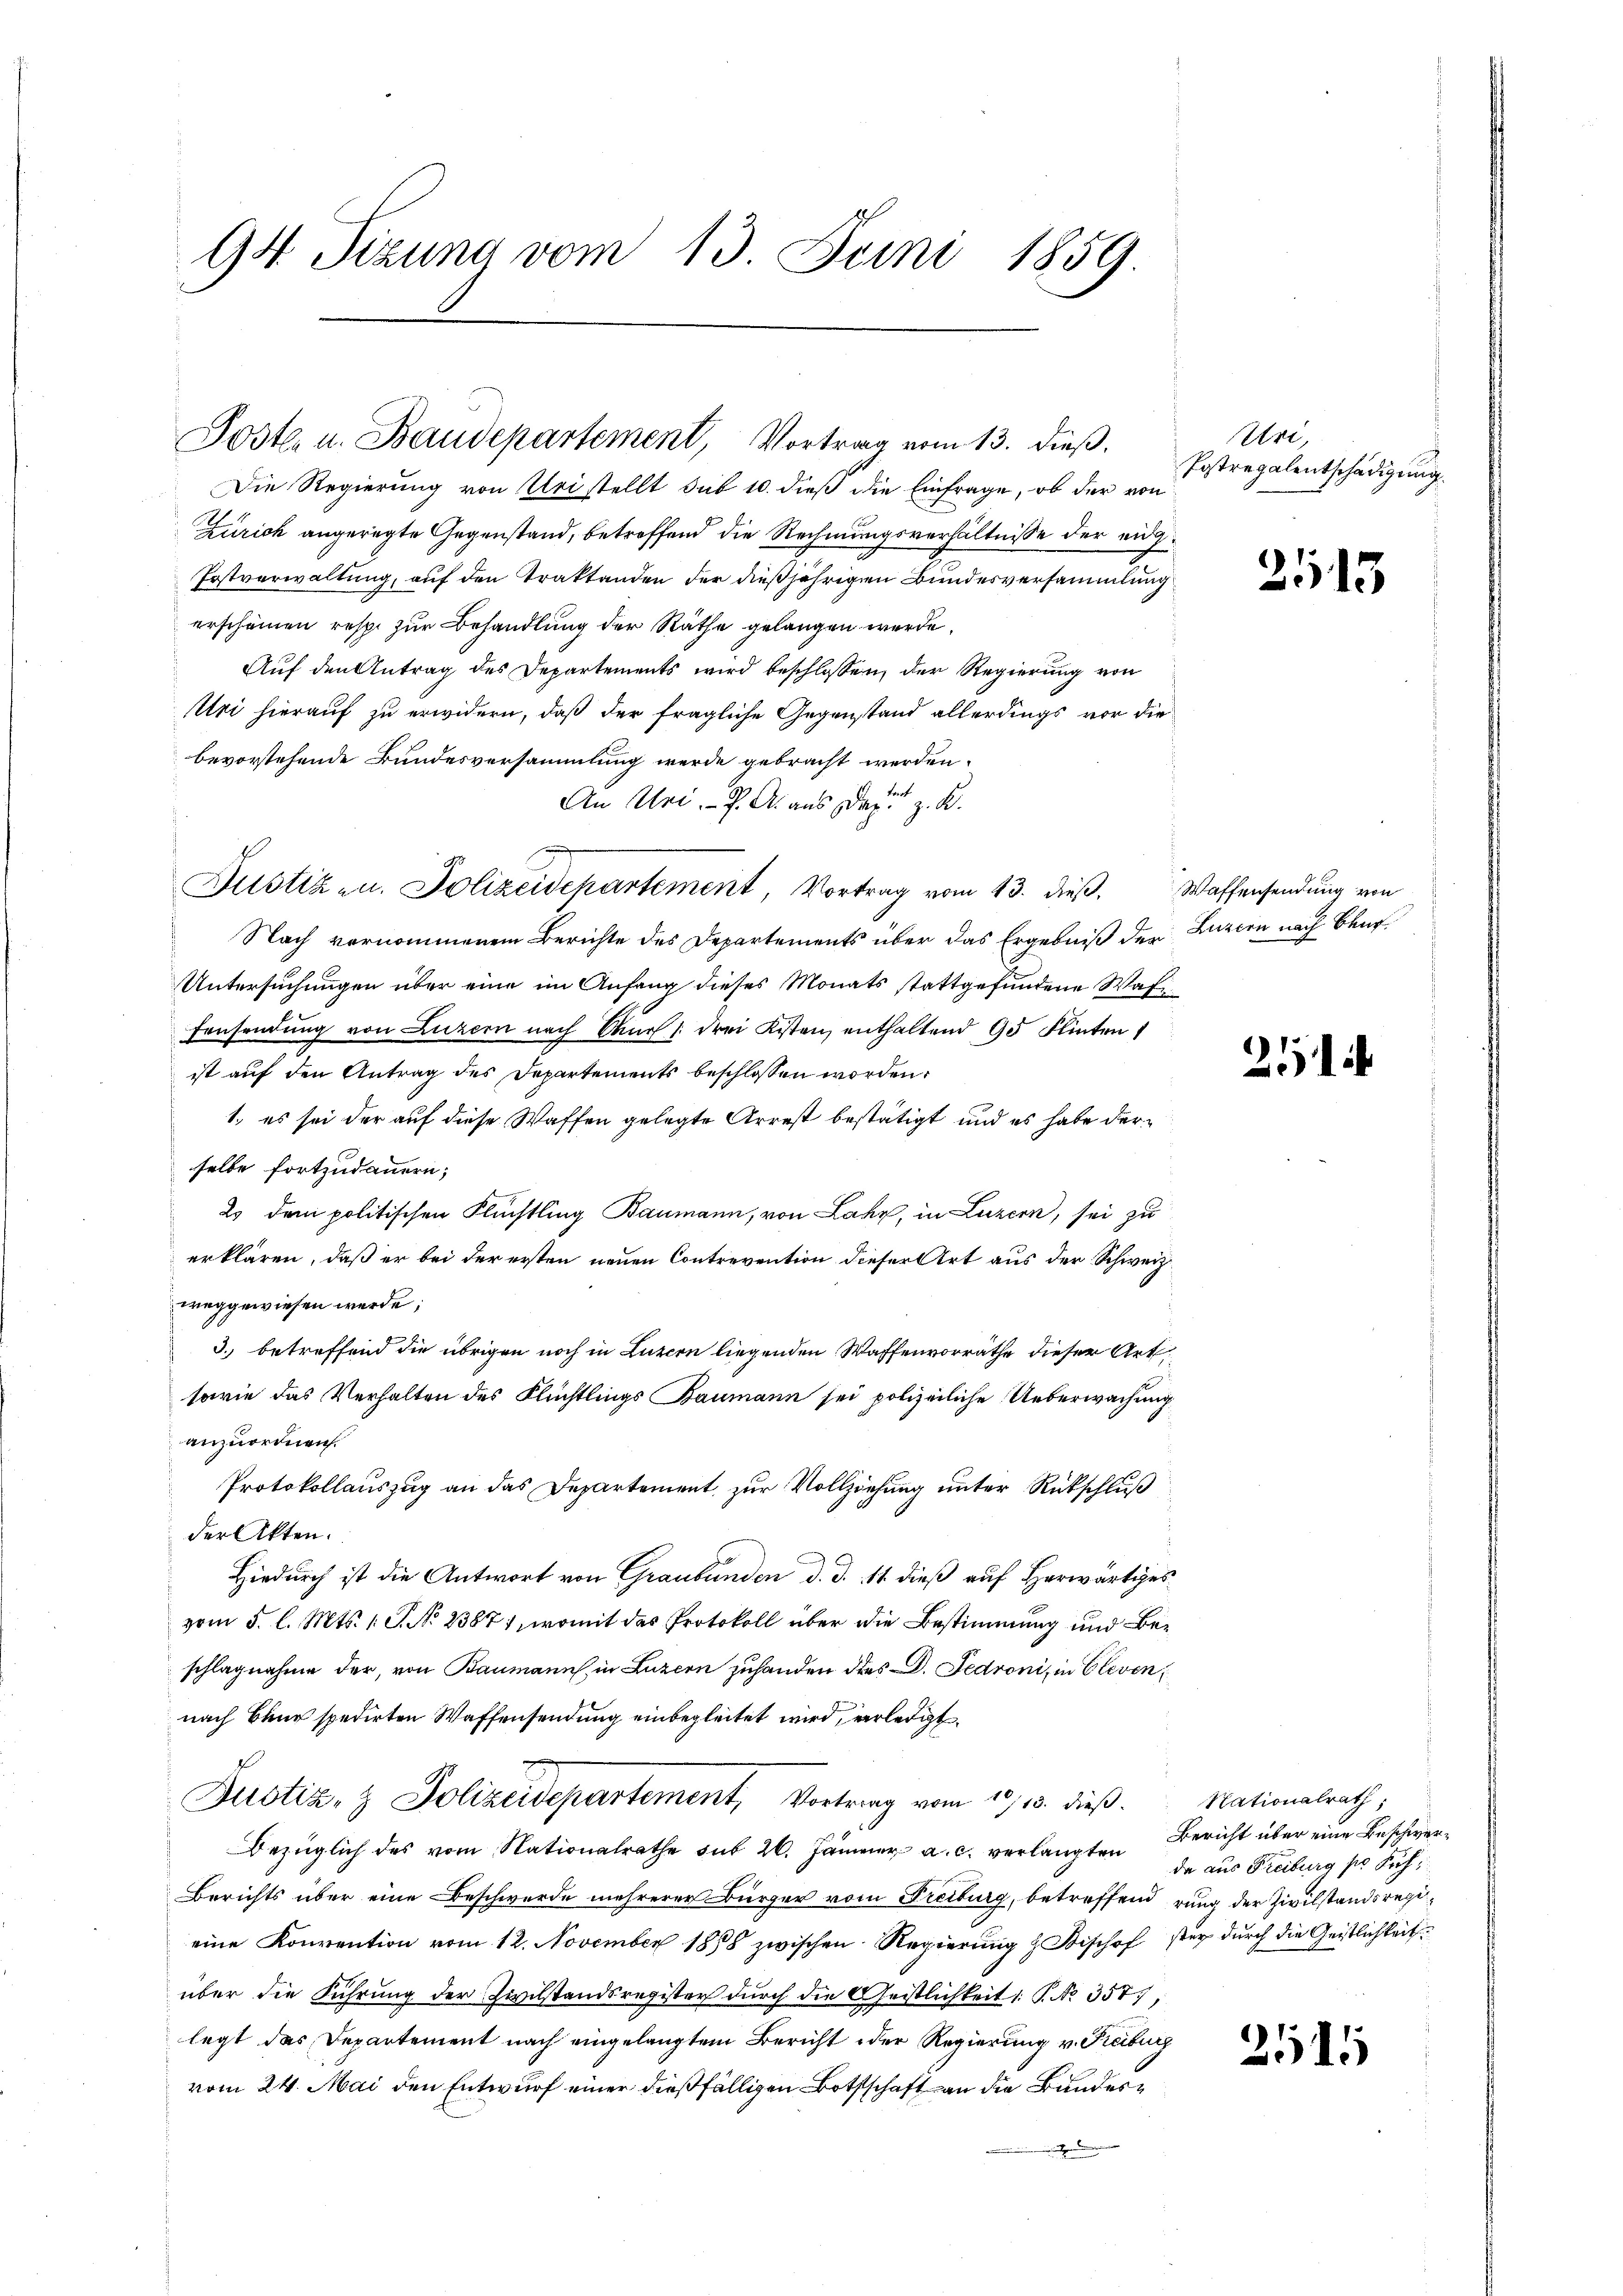
94 Sizung vom 13. Juni 1859.

Poste. u. Baudepartement, Vortrag vom 13. dieß.

Justiz- u. Polizeidepartement, Vortrag vom 13. dieβ, Waffensendung von

Die Regierung von Uri stellt sub 10. dieß die Einfrage, ob der von
Zürich angeregte Gegenstand, betreffend die Rechnungsverhältnisse der eidg¬
Postverwaltung, auf den Traktanden der dießjährigen Bundesversammlung
erscheinen resp. zŭr Behandlung der Räthe gelangen werde.
Auf den Antrag des Departements wird beschlossen, der Regierung von
Uri hierauf zu erwidern, daß der fragliche Gegenstand allerdings vor die
bevorstehende Bundesversammlung werde gebracht werden.
An Uri. J. A. aus das z. K.
Nach vernommenem Berichte des Departements über das Ergebniß der Luzern nach Beur
Untersuchungen über eine im Anfang dieses Monats stattgefundene Waffensendung von Luzern nach Maur drei Kisten enthaltend 95 Flinten
ist auf den Antrag des Departements beschlossen worden:
1., es sei der auf diese Waffen gelegte Arrest bestätigt und es habe derselbe fortzudauern;
2. dem politischen Flüchtling Baumann, von Lahr, in Luzern, sei zu
erklären, daß er bei der ersten neuen Contrevention dieser Art aus der Schweiz.
weggewiesen werde;
3. betreffend die übrigen noch in Luzern liegenden Waffenvorräthe dieser Art.
sowie das Verhalten des Flüchtlings Baumann sei polizeiliche Ueberwachung
anzuordnen.
Protokollauszug an das Departement zur Vollziehung unter Rückschluß
der Akten.
Hiedurch ist die Antwort von Graubünden d. d. 14 dieß auf Herwärtiges
vom 5. l. Mts. 1. P. No 2387), womit des Protokoll über die Bestimmung und Beschlagnahme der, von Baumann, in Luzern zuhanden dies . Fedroni, in Clevennach Baur spedirten Waffensendung einbegleitet wird, verledigt.
f
Justiz- & Polizeidepartement, Vortrag vom 10/13. dieß. Nationalrath,
Bezüglich des vom Nationalrathe sub 26. Jänner a. c. verlangten
Berichts über eine Beschwerde mehrerer Bürger vom Freiburg, betreffend rung der Zivilstandsregieine Konvention vom 12. November 1888 zwischen Regierung & Bischof sey durch die Geistlichkeit.
über die Führung der Zivilstandsregister durch die Geistlichkeit. P. Nr. 3577,
legt das Departement nach eingelangtem Bericht der Regierung v. Freiburg
vom 24. Mai den Entwurf einer dießfälligen Bottschaft an die Bundes¬
.

re
Postregalentschädigung.

2115

21

Bericht über eine Beschwerda aus Freiburg pr Fuh

2511